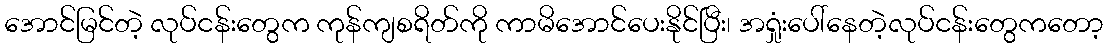
အောင်မြင်တဲ့ လုပ်ငန်းတွေက ကုန်ကျစရိတ်ကို ကာမိအောင်ပေးနိုင်ပြီး၊ အရှုံးပေါ်နေတဲ့လုပ်ငန်းတွေကတော့